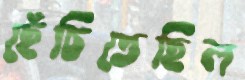
ছেঁচিতেছিল